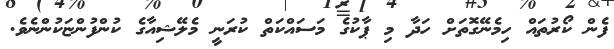
ފެން ކޯރުތައް ހިމެނޭގޮތަށް ހަދާ މި ޕާކުގެ މަސައްކަތް ކުރަނީ މެލޭޝިއާގެ ކުންފުންޏަކުންނެވެ.